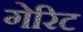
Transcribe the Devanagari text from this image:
गेरिट